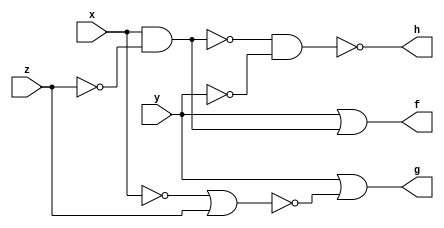
module exercise2_2(f, g, h, x, y, z);
input x, y, z;
output f, g, h;

// Given Expression
assign f = y | (x & (~z));

// Using NOR Gates only
nor(i1, x, x);
nor(i2, i1, z);
nor(i3, y, i2);
nor(g, i3, i3);

// Using NAND Gates only
nand(j1, z, z);
nand(j2, x, j1);
nand(j3, y, y);
nand(h, j2, j3);

endmodule